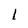
Character: l